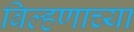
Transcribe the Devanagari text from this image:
बिल्हणाच्या